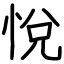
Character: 悅